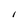
Character: I